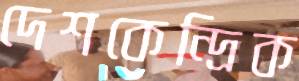
দেশকেন্দ্রিক